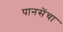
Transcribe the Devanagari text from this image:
पानसेंचा